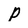
Character: P